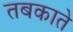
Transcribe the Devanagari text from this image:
तबकाते